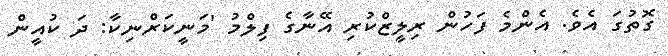
ގޮތުގަ އެވެ. އެންމެ ފަހުން ރިލީޒްކުރި އޭނާގެ ފިލްމު 'މަނީކަރްނިކާ: ދަ ކުއީން